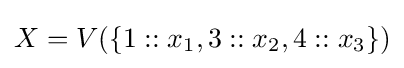
X=V(\{1::x_{1},3::x_{2},4::x_{3}\})